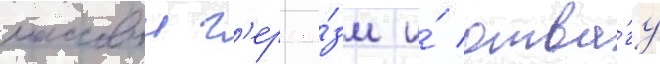
массовыи г'ерои́зм и́ отва́гу